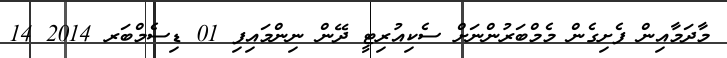
މާދަމާއިން ފެށިގެން މެމްބަރުންނަށް ސެކިއުރިޓީ ދޭން ނިންމައިފި 01 ޑިސެމްބަރ 2014 14